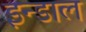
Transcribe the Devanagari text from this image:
इन्डाल